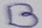
Text: B